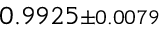
0 . 9 9 2 5 { \scriptstyle \pm 0 . 0 0 7 9 }